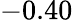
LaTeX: -0.40